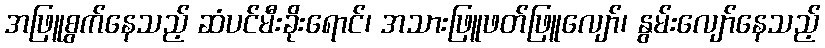
အဖြူစွက်နေသည့် ဆံပင်မီးခိုးရောင်၊ အသားဖြူဖတ်ဖြူလျော်၊ နွမ်းလျော်နေသည့်